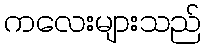
ကလေးများသည်